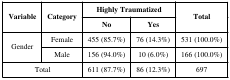
<table><thead><tr><td rowspan="3"><b>Variable</b></td><td rowspan="3"><b>Category</b></td><td colspan="2"><b>Highly Traumatized</b></td><td rowspan="3"><b>Total</b></td></tr><tr><td><b>No</b></td><td><b>Yes</b></td></tr></thead><tbody><tr><td rowspan="2">Gender</td><td>Female</td><td>455 (85.7%)</td><td>76 (14.3%)</td><td>531 (100.0%)</td></tr><tr><td>Male</td><td>156 (94.0%)</td><td>10 (6.0%)</td><td>166 (100.0%)</td></tr><tr><td colspan="2">Total</td><td>611 (87.7%)</td><td>86 (12.3%)</td><td colspan="2">697</td></tr></tbody></table>